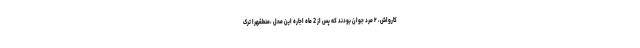
کارواش، ۲ مرد جوان بودند که پس از 2 ماه اجاره این محل ،منطقهرا ترک